Etiology and epidemiology of plague
Disease focus: Plague
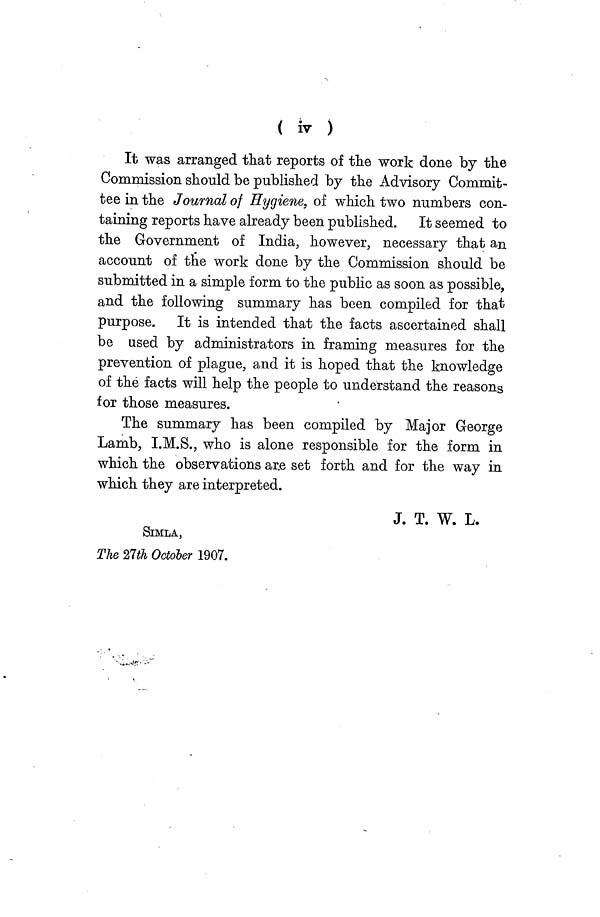
( iv )
It was arranged that reports of the work done by the
Commission should be published by the Advisory Commit-
tee in the Journal of Hygiene, of which two numbers con-
taining reports have already been published. It seemed to
the Government of India, however, necessary that an
account of the work done by the Commission should be
submitted in a simple form to the public as soon as possible,
and the following summary has been compiled for that
purpose. It is intended that the facts ascertained shall
be used by administrators in framing measures for the
prevention of plague, and it is hoped that the knowledge
of the facts will help the people to understand the reasons
for those measures.
The summary has been compiled by Major George
Lamb, I.M.S., who is alone responsible for the form in
which the observations are set forth and for the way in
which they are interpreted.
J. T. W. L.
SIMLA,
The 27th October 1907.